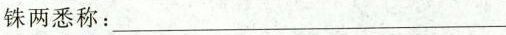
铢两悉称:___